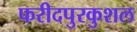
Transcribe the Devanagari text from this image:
फरीदपुरकुशल